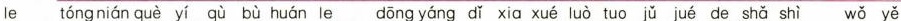
le tóng nián què yí qù bù huán le dōng yáng dǐ xia xué luò tuo jǔ jué de shǎ shì wǒ yě